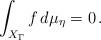
LaTeX: \begin{align*}\int_{X_{\Gamma}}f\,d\mu_{\eta}=0\,.\end{align*}